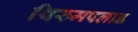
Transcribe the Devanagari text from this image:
थिरुमपलाड